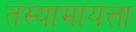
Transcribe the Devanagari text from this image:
तस्यामायत्ता